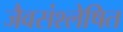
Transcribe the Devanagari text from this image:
जैवसंश्लेषित